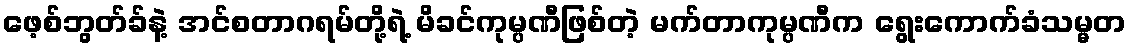
ဖေ့စ်ဘွတ်ခ်နဲ့ အင်စတာဂရမ်တို့ရဲ့ မိခင်ကုမ္ပဏီဖြစ်တဲ့ မက်တာကုမ္ပဏီက ရွေးကောက်ခံသမ္မတ